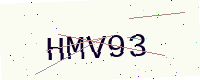
Text: HMV93